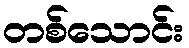
တစ်သောင်း